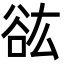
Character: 谹